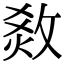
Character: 𤉧